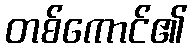
တစ်ကောင်၏